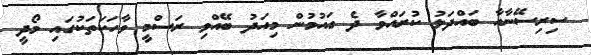
ސިރިސޭނާއާ ބައްދަލު ކުރައްވާ ދެ ގައުުމުން މިއަދު ބޭއްވި ރަސްމީ ވާހަކަތަކުގައި މޯދީ